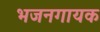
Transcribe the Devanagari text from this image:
भजनगायक